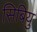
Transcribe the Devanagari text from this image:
सिबियु